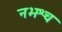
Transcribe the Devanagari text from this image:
नभश्च